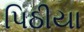
પિઠીયા